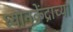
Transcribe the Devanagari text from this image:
ध्यानकेंद्राच्या